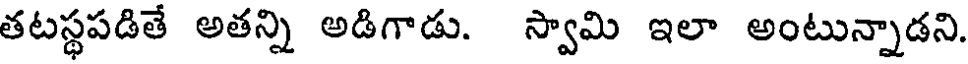
తటస్థపడితే అతన్ని అడిగాడు. స్వామి ఇలా అంటున్నాడని.